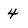
Character: 4